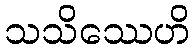
သသိဿေဟိ